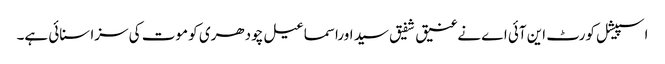
اسپیشل کورٹ این آئی اے نےعنیق شفیق سید اوراسماعیل چودھری کو موت کی سزا سنائی ہے۔